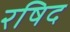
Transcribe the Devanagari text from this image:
रषिद